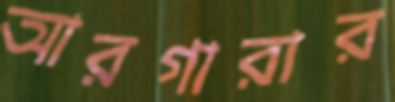
আরগারার